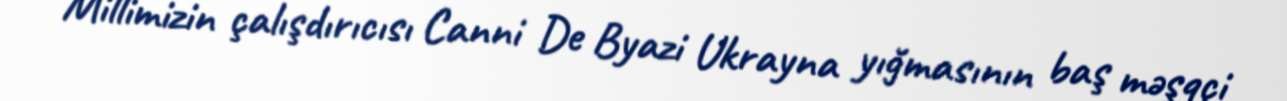
Millimizin çalışdırıcısı Canni De Byazi Ukrayna yığmasının baş məşqçi